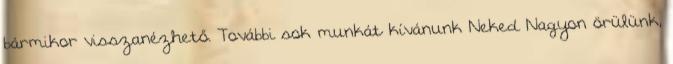
bármikor visszanézhető. További sok munkát kívánunk Neked Nagyon örülünk,